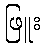
ဖြူး